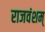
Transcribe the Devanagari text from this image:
राजवंशम्